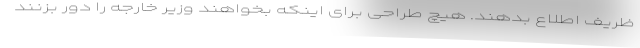
ظریف اطلاع بدهند. هیچ طراحی برای اینکه بخواهند وزیر خارجه را دور بزنند